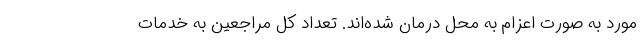
مورد به صورت اعزام به محل درمان شده‌اند. تعداد کل مراجعین به خدمات